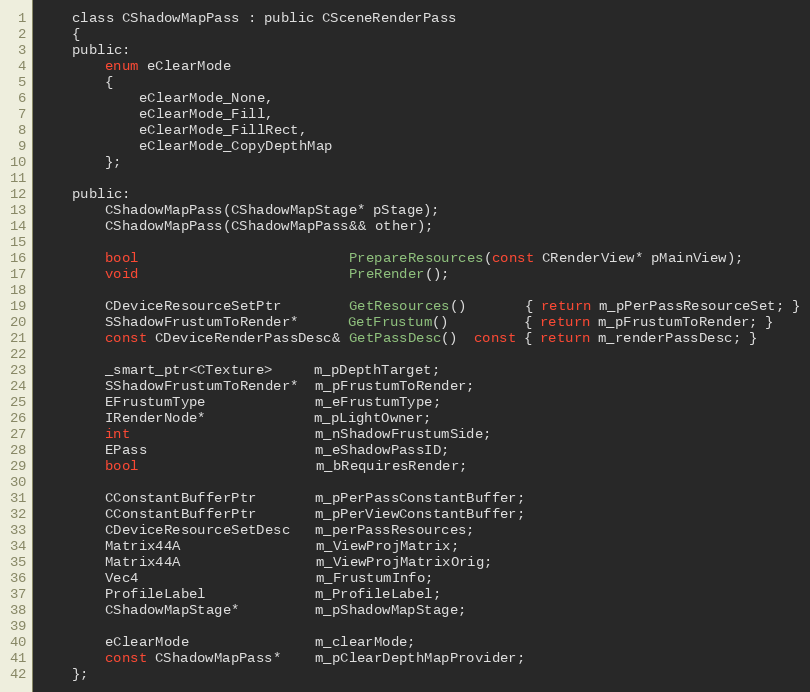
Language: C
	class CShadowMapPass : public CSceneRenderPass
	{
	public:
		enum eClearMode
		{
			eClearMode_None,
			eClearMode_Fill,
			eClearMode_FillRect,
			eClearMode_CopyDepthMap
		};

	public:
		CShadowMapPass(CShadowMapStage* pStage);
		CShadowMapPass(CShadowMapPass&& other);

		bool                         PrepareResources(const CRenderView* pMainView);
		void                         PreRender();

		CDeviceResourceSetPtr        GetResources()       { return m_pPerPassResourceSet; }
		SShadowFrustumToRender*      GetFrustum()         { return m_pFrustumToRender; }
		const CDeviceRenderPassDesc& GetPassDesc()  const { return m_renderPassDesc; }

		_smart_ptr<CTexture>     m_pDepthTarget;
		SShadowFrustumToRender*  m_pFrustumToRender;
		EFrustumType             m_eFrustumType;
		IRenderNode*             m_pLightOwner;
		int                      m_nShadowFrustumSide;
		EPass                    m_eShadowPassID;
		bool                     m_bRequiresRender;

		CConstantBufferPtr       m_pPerPassConstantBuffer;
		CConstantBufferPtr       m_pPerViewConstantBuffer;
		CDeviceResourceSetDesc   m_perPassResources;
		Matrix44A                m_ViewProjMatrix;
		Matrix44A                m_ViewProjMatrixOrig;
		Vec4                     m_FrustumInfo;
		ProfileLabel             m_ProfileLabel;
		CShadowMapStage*         m_pShadowMapStage;

		eClearMode               m_clearMode;
		const CShadowMapPass*    m_pClearDepthMapProvider;
	};